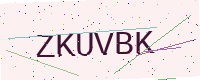
Text: ZKUVBK